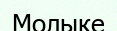
Молыке